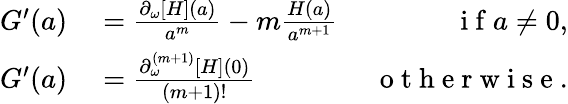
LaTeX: \begin{array}{r}{\begin{array}{rlr}{G^{\prime}(a)}&{{}=\frac{\partial_{\omega}[H](a)}{a^{m}}-m\frac{H(a)}{a^{m+1}}~}&{\mathrm{~i~f~}a\neq 0,}\\ {G^{\prime}(a)}&{{}=\frac{\partial_{\omega}^{(m+1)}[H](0)}{(m+1)!}~}&{\mathrm{~o~t~h~e~r~w~i~s~e~}.}\end{array}}\end{array}